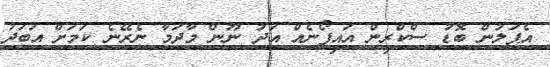
އެޕަލުން ބޮޑު ސްކްރީން އައިފޯނެއް އަދު ނޫން މާދަމާ ނެރޭނެ ކަމަށް އަބަދު